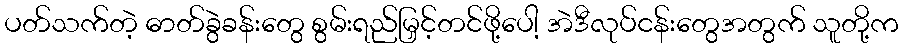
ပတ်သက်တဲ့ ဓာတ်ခွဲခန်းတွေ စွမ်းရည်မြှင့်တင်ဖို့ပေါ့ အဲဒီလုပ်ငန်းတွေအတွက် သူတို့က